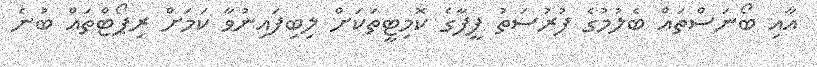
އާއި ބޯނަސްތައް ބެލުމުގެ ފުރުސަތު ފީފާގެ ކޮމިޓީތަކަށް ލިބިފައިނުވާ ކަމަށް ރިޕޯޓްތައް ބުނެ